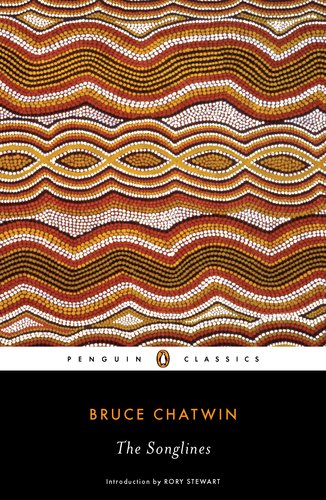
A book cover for The Songlines (Penguin Classics); Bruce Chatwin; History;